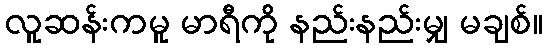
လူဆန်းကမူ မာရီကို နည်းနည်းမျှ မချစ်။